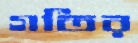
গতির